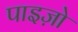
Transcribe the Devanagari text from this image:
पाइज़ो